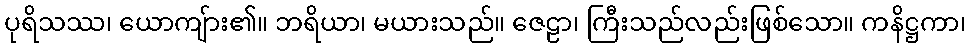
ပုရိသဿ၊ ယောကျ်ား၏။ ဘရိယာ၊ မယားသည်။ ဇေဠာ၊ ကြီးသည်လည်းဖြစ်သော။ ကနိဋ္ဌကာ၊